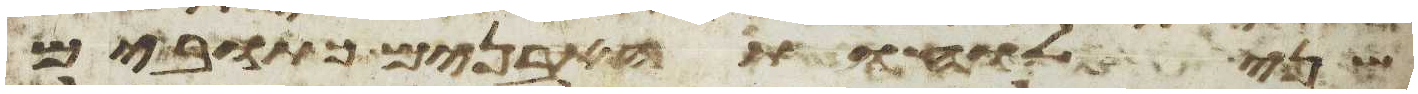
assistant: שני לוחת האבנים כתובים